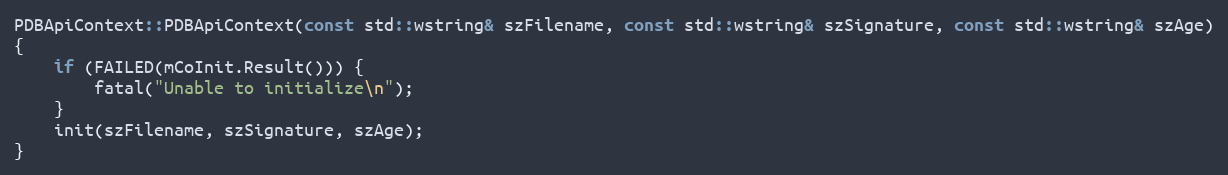
Language: C++
PDBApiContext::PDBApiContext(const std::wstring& szFilename, const std::wstring& szSignature, const std::wstring& szAge)
{
	if (FAILED(mCoInit.Result())) {
		fatal("Unable to initialize\n");
	}
	init(szFilename, szSignature, szAge);
}